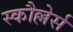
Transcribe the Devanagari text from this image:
स्कौल्लेर्स